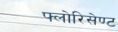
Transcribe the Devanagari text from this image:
फ्लोरिसेण्ट